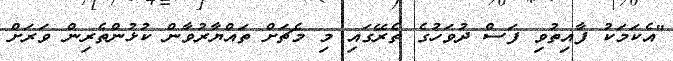
"އެކަމަކު ފާއިތުވި ފަސް ދުވަހުގެ ތެރޭގައި މި މެޗަށް ތައްޔާރުވާން ކުޅުންތެރިން ވަރަށް